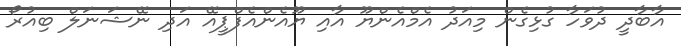
އާބާދީ ދުވަހާ ގުޅިގެން މިއަދު އެމްއެންޔޫ އާއި ޔޫއެންއެފްޕީއޭ އަދި ނޭޝަނަލް ބިއުރޯ